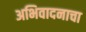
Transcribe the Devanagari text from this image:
अभिवादनाचा